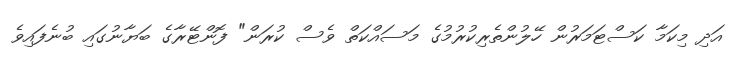
އަދި މިކަމާ ކަސްޓަމަރުން ހޭލުންތެރިކުރުމުގެ މަސައްކަތް ވެސް ކުރަން" ފޮންޓޭރާގެ ބަޔާނުގައި ބުނެފައިވެ